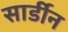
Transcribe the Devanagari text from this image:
सार्डीन